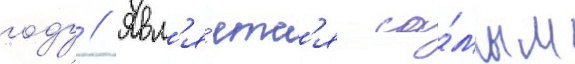
году // Явл'я́етс'я са́мым